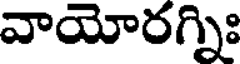
వాయోరగ్నిః